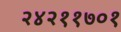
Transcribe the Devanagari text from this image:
२४२११७०१